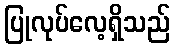
ပြုလုပ်လေ့ရှိသည်